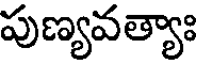
పుణ్యవత్యాః